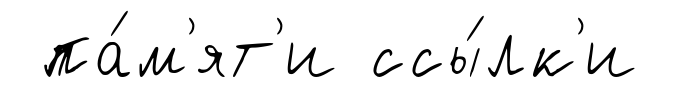
па́м'ят'и ссы́лк'и